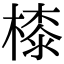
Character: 㯃